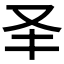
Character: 𠬤